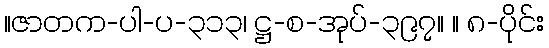
။ဇာတက-ပါ-ပ-၃၁၃၊ ဋ္ဌ-စ-အုပ်-၃၉၇။ ။ ၈-ပိုင်း